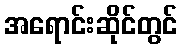
အရောင်းဆိုင်တွင်